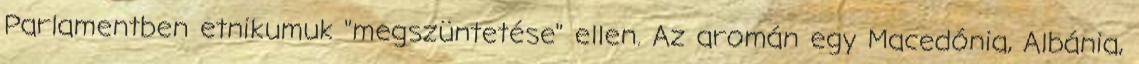
Parlamentben etnikumuk "megszüntetése" ellen. Az aromán egy Macedónia, Albánia,